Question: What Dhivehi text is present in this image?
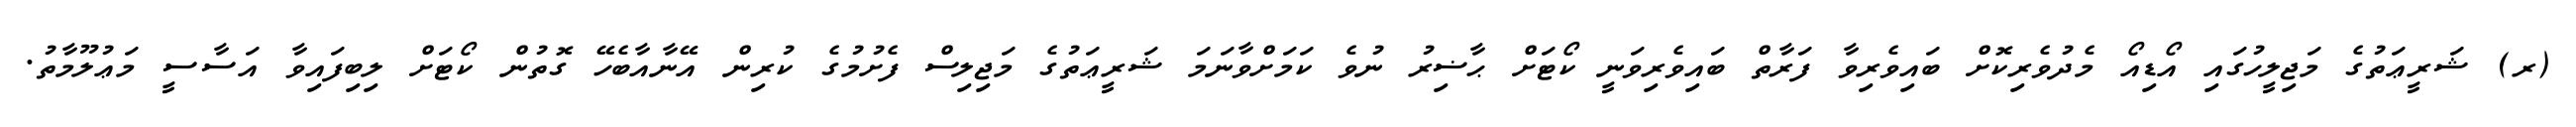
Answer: (ރ) ޝަރީޢަތުގެ މަޖިލީހުގައި އޯޑިއޯ މެދުވެރިކޮށް ބައިވެރިވާ ފަރާތް ބައިވެރިވަނީ ކޯޓަށް ޙާޟިރު ނުވެ ކަމަށްވާނަމަ ޝަރީޢަތުގެ މަޖިލިސް ފެށުމުގެ ކުރިން އޭނާއާބެހޭ ގޮތުން ކޯޓަށް ލިބިފައިވާ އަސާސީ މަޢުލޫމާތު.